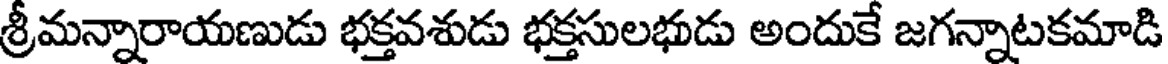
శ్రీమన్నారాయణుడు భక్తవశుడు భక్తసులభుడు అందుకే జగన్నాటకమాడి